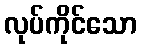
လုပ်ကိုင်သော